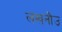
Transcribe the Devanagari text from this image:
लखनौउ